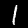
Label: 1